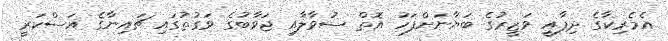
އެމެރިކާގެ ދިފާއީ ވަޒީރުގެ ބަޔާނަށްފަހު އޮތް ސުވާލާއި ޖަވާބުގެ ވަގުތުގައި ޗައިނާގެ އަސްކަރީ